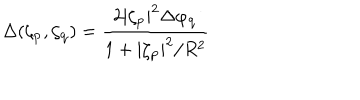
\Delta ( \zeta _ { \bf p } , \zeta _ { \bf q } ) = \frac { 2 | \zeta _ { \bf p } | ^ { 2 } \Delta \varphi _ { \bf q } } { 1 + | \zeta _ { \bf p } | ^ { 2 } / R ^ { 2 } }